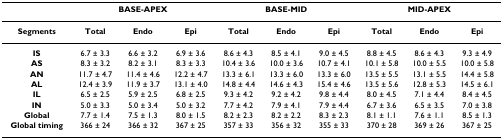
<table><thead><tr><td></td><td colspan="3"><b>BASE-APEX</b></td><td colspan="3"><b>BASE-MID</b></td><td colspan="3"><b>MID-APEX</b></td></tr></thead><tbody><tr><td><b>Segments</b></td><td><b>Total</b></td><td><b>Endo</b></td><td><b>Epi</b></td><td><b>Total</b></td><td><b>Endo</b></td><td><b>Epi</b></td><td><b>Total</b></td><td><b>Endo</b></td><td><b>Epi</b></td></tr><tr><td><b>IS</b></td><td>6.7 ± 3.3</td><td>6.6 ± 3.2</td><td>6.9 ± 3.6</td><td>8.6 ± 4.3</td><td>8.5 ± 4.1</td><td>9.0 ± 4.5</td><td>8.8 ± 4.5</td><td>8.6 ± 4.3</td><td>9.3 ± 4.9</td></tr><tr><td><b>AS</b></td><td>8.3 ± 3.2</td><td>8.2 ± 3.1</td><td>8.3 ± 3.3</td><td>10.4 ± 3.6</td><td>10.0 ± 3.6</td><td>10.7 ± 4.1</td><td>10.1 ± 5.8</td><td>10.0 ± 5.5</td><td>10.0 ± 5.8</td></tr><tr><td><b>AN</b></td><td>11.7 ± 4.7</td><td>11.4 ± 4.6</td><td>12.2 ± 4.7</td><td>13.3 ± 6.1</td><td>13.3 ± 6.0</td><td>13.3 ± 6.0</td><td>13.5 ± 5.5</td><td>13.1 ± 5.5</td><td>14.4 ± 5.8</td></tr><tr><td><b>AL</b></td><td>12.4 ± 3.9</td><td>11.9 ± 3.7</td><td>13.1 ± 4.0</td><td>14.8 ± 4.4</td><td>14.6 ± 4.3</td><td>15.4 ± 4.6</td><td>13.5 ± 5.6</td><td>12.8 ± 5.3</td><td>14.5 ± 6.1</td></tr><tr><td><b>IL</b></td><td>6.5 ± 2.5</td><td>5.9 ± 2.5</td><td>6.8 ± 2.5</td><td>9.3 ± 4.2</td><td>9.2 ± 4.2</td><td>9.8 ± 4.4</td><td>8.0 ± 4.5</td><td>7.1 ± 4.4</td><td>8.4 ± 4.5</td></tr><tr><td><b>IN</b></td><td>5.0 ± 3.3</td><td>5.0 ± 3.4</td><td>5.0 ± 3.2</td><td>7.7 ± 4.2</td><td>7.9 ± 4.1</td><td>7.9 ± 4.4</td><td>6.7 ± 3.6</td><td>6.5 ± 3.5</td><td>7.0 ± 3.8</td></tr><tr><td><b>Global</b></td><td>7.7 ± 1.4</td><td>7.5 ± 1.3</td><td>8.0 ± 1.5</td><td>8.2 ± 2.3</td><td>8.2 ± 2.2</td><td>8.3 ± 2.3</td><td>8.1 ± 1.1</td><td>7.6 ± 1.1</td><td>8.5 ± 1.3</td></tr><tr><td><b>Global timing</b></td><td>366 ± 24</td><td>366 ± 32</td><td>367 ± 25</td><td>357 ± 33</td><td>356 ± 32</td><td>355 ± 33</td><td>370 ± 28</td><td>369 ± 26</td><td>367 ± 25</td></tr></tbody></table>